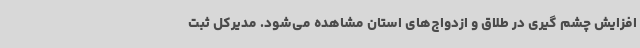
افزایش چشم گیری در طلاق و ازدواج‌های استان مشاهده می‌شود. مدیرکل ثبت